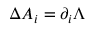
\Delta { A } _ { i } = \partial _ { i } \Lambda